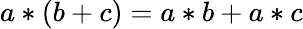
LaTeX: a*(b+c)=a*b+a*c